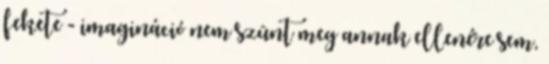
fekete - imagináció nem szûnt meg annak ellenére sem,